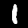
Label: 1